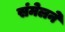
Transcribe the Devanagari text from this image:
संंमेलने